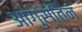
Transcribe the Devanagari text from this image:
आगुस्तिन